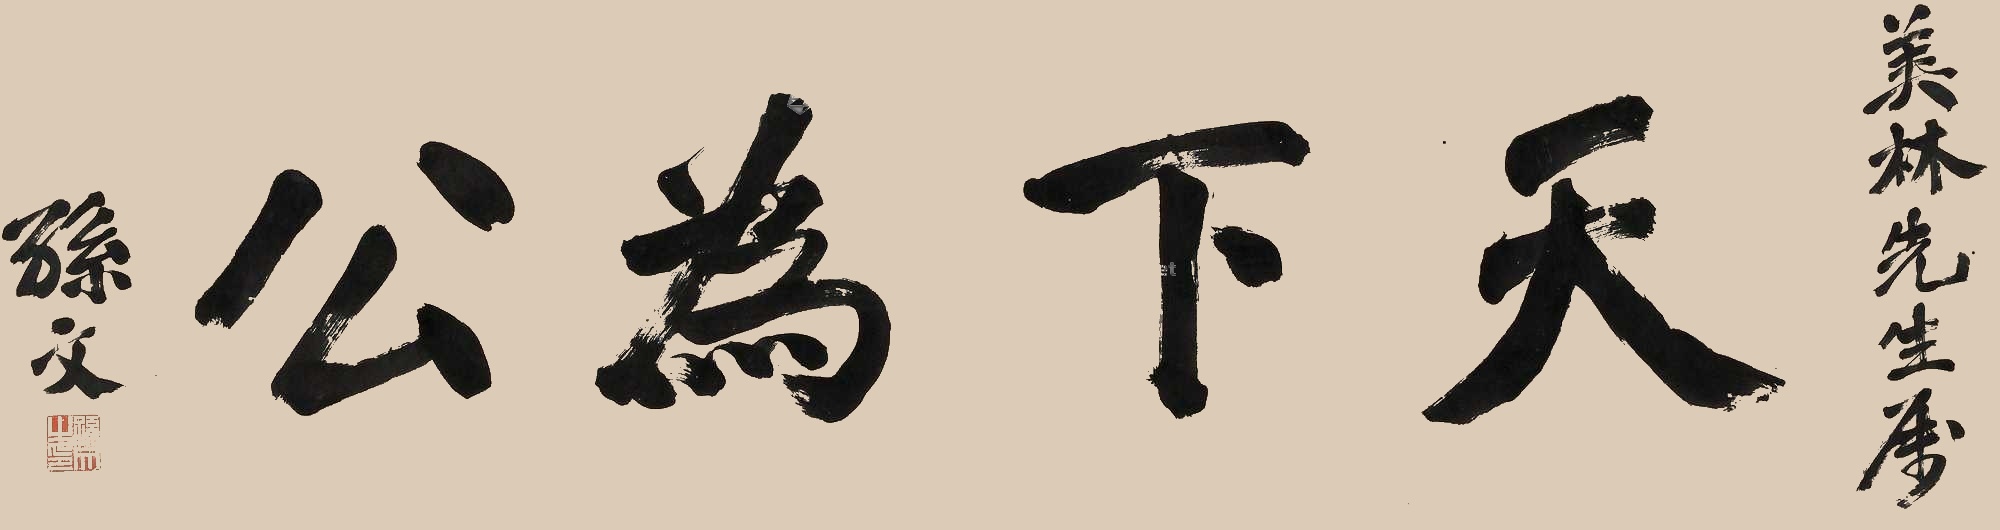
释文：天下为公。美林先生属，孙文。